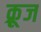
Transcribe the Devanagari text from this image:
क़्रूज